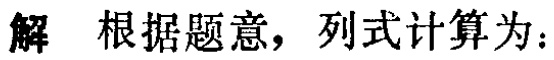
解 根据题意，列式计算为：